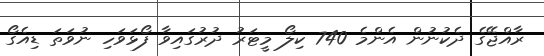
ރާއްޖޭގެ ދެކުނުން އެންމެ 740 ކިލޯ މީޓަރު ދުރުގައިވާ ފޯޅަވަހި ނުވަތަ ޑިއެގޯ